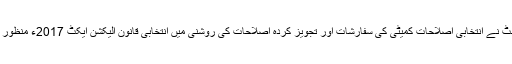
پارلیمنٹ نے انتخابی اصلاحات کمیٹی کی سفارشات اور تجویز کردہ اصلاحات کی روشنی میں انتخابی قانون الیکشن ایکٹ 2017ء منظور کر لیا۔